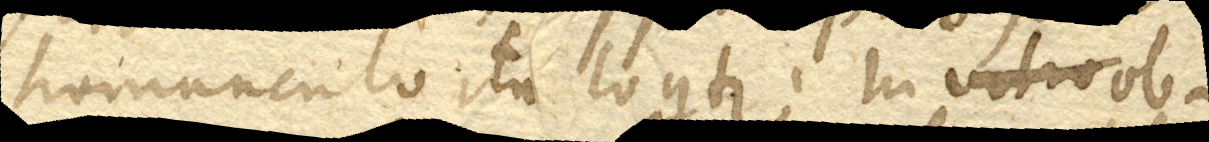
homunculo ita loquitur. In vitro ob-